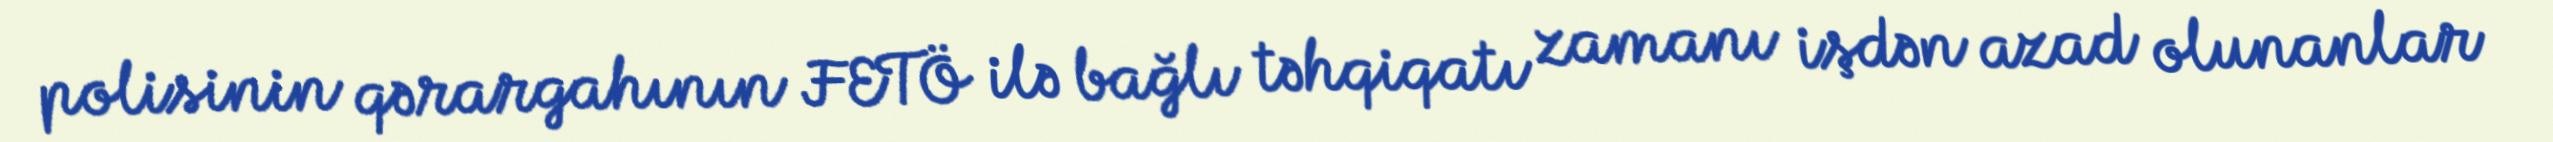
polisinin qərargahının FETÖ ilə bağlı təhqiqatı zamanı işdən azad olunanlar